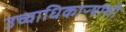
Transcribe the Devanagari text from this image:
उच्चाधिकाऱ्यांशी